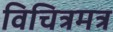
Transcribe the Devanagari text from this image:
विचित्रमत्र